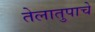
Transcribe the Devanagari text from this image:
तेलातुपाचे